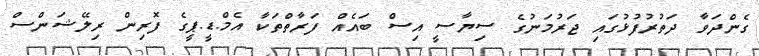
ގެންދަވާ ދަތުރުފުޅުގައި ޖަރުމަނުގެ ސިޔާސީ އިސް ބައެއް ފަރާތްތަކާ އެމް.ޑީ.ޕީގެ ފޮރިން ރިލޭޝަންސް